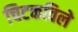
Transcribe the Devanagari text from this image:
चिटकविले